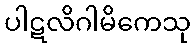
ပါဋလိဂါမိကေသု